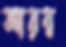
আরম্ব